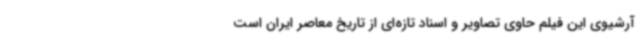
آرشیوی این فیلم حاوی تصاویر و اسناد تازه‌ای از تاریخ معاصر ایران است